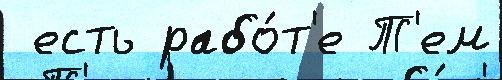
 есть рабо́т'е Т'ем